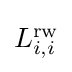
{\textstyle L_{i,i}^{\text{rw}}}